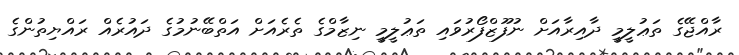
ރާއްޖޭގެ ތަޢުލީމީ ދާއިރާއަށް ނުފޫޒްފޯރުވައި ތަޢުލީމީ ނިޒާމްގެ ތެރެއަށް އަތްބޭނުމުގެ ދައުރެއް ރައްޔިތުންގެ